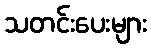
သတင်းပေးများ